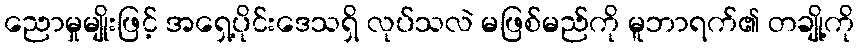
ညောမှုမျိုးဖြင့် အရှေ့ပိုင်းဒေသရှိ လုပ်သလဲ မဖြစ်မည်ကို မူဘာရက်၏ တချို့ကို